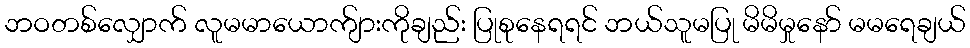
ဘဝတစ်လျှောက် လူမမာယောက်ျားကိုချည်း ပြုစုနေရရင် ဘယ်သူမပြု မိမိမှုနော် မမရေချယ်